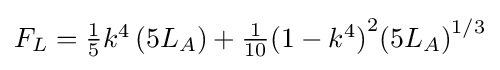
F_{L}=\textstyle {\frac {1}{5}}k^{4}\left(5L_{A}\right)+\textstyle {\frac {1}{10}}{(1-k^{4})}^{2}{\left(5L_{A}\right)}^{1/3}